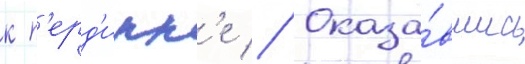
к п'ерд'икк'е // Оказа́вшись